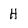
Character: H